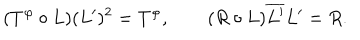
( T ^ { \varphi } \circ L ) ( L ^ { \prime } ) ^ { 2 } = T ^ { \varphi } , \qquad ( R \circ L ) \overline { { { L ^ { \prime } } } } L ^ { \prime } = R .